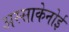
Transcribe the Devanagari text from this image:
अस्साकेनोई